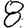
Digit: 8